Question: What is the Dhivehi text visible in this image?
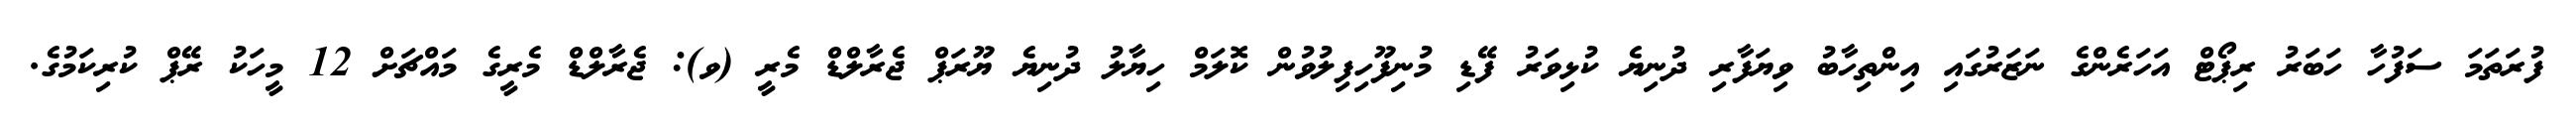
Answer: ފުރަތަމަ ސަފުހާ ހަބަރު ރިޕޯޓް އަހަރެންގެ ނަޒަރުގައި އިންތިހާބު ވިޔަފާރި ދުނިޔެ ކުޅިވަރު ފޭޑި މުނިފޫހިފިލުވުން ކޮލަމް ހިޔާލު ދުނިޔެ ޔޫރަޕް ޖެރާލްޑް މެރީ (ވ): ޖެރާލްޑް މެރީގެ މައްޗަށް 12 މީހަކު ރޭޕް ކުރިކަމުގެ.